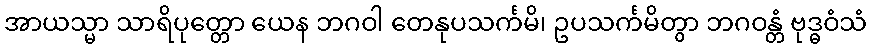
အာယသ္မာ သာရိပုတ္တော ယေန ဘဂဝါ တေနုပသင်္ကမိ၊ ဥပသင်္ကမိတွာ ဘဂဝန္တံ ဗုဒ္ဓဝံသံ